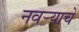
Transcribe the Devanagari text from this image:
नवर्‍याचे